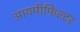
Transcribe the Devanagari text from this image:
आयपीफिल्टर